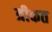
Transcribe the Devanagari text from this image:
त्रीकत